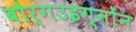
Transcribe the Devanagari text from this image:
बौर्गउइग्नोंन